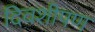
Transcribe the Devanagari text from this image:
दिवशीपण